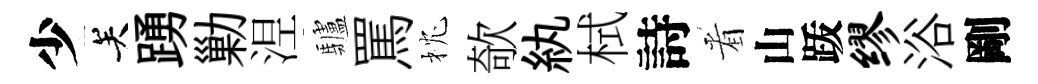
少关踴勦𣵀驢罵枕欹紈栻詩㸔山䟦缪浴剛